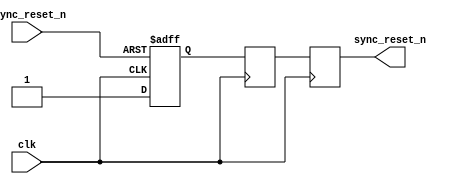
module async_reset_synchronizer (
    input wire async_reset_n,  // Active-low asynchronous reset signal
    input wire clk,            // Clock signal
    output reg sync_reset_n    // Synchronized active-low reset signal
);

// Internal registers for synchronizing the reset signal
reg ff1, ff2;

// Synchronous reset logic
always @(posedge clk or negedge async_reset_n) begin
    if (!async_reset_n) begin
        ff1 <= 1'b0; // Active-low reset is asserted, set ff1 to 0
    end else begin
        ff1 <= 1'b1; // Release reset, set ff1 to 1
    end
end

always @(posedge clk) begin
    ff2 <= ff1; // Second flip-flop to sample ff1, further synchronizing the reset
end

// Final synchronized reset output
always @(posedge clk) begin
    sync_reset_n <= ff2; // Synchronized reset output
end

endmodule